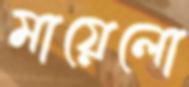
মায়েলো